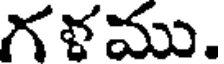
గళము.